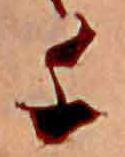
千